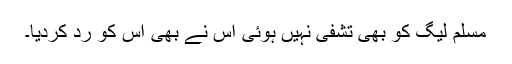
مسلم لیگ کو بھی تشفی نہیں ہوئی اس نے بھی اس کو رد کردیا۔